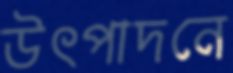
উৎপাদনে